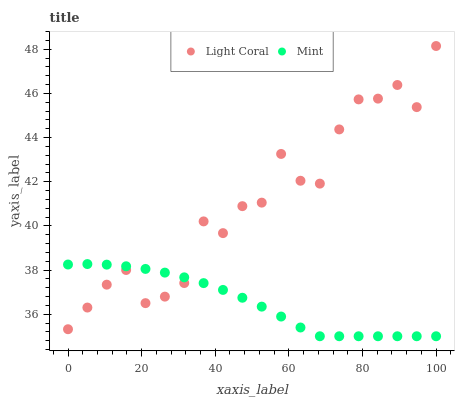
| xaxis_label | Light Coral | Mint |
 | --- | --- | --- |
 | 0 | 35.3 | 38.2 |
 | 5.26 | 36.3 | 38.3 |
 | 10.5 | 37.3 | 38.2 |
 | 15.8 | 38 | 38.2 |
 | 21.1 | 36.5 | 38.1 |
 | 26.3 | 36.8 | 37.9 |
 | 31.6 | 37.4 | 37.7 |
 | 36.8 | 40.2 | 37.4 |
 | 42.1 | 39.7 | 37.1 |
 | 47.4 | 40.9 | 36.7 |
 | 52.6 | 41.1 | 36.3 |
 | 57.9 | 43.3 | 35.9 |
 | 63.2 | 42 | 35.4 |
 | 68.4 | 41.9 | 35 |
 | 73.7 | 44.4 | 35 |
 | 78.9 | 45.7 | 35 |
 | 84.2 | 45.8 | 35 |
 | 89.5 | 46.4 | 35 |
 | 94.7 | 45.4 | 35 |
 | 100 | 48.1 | 35 |